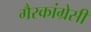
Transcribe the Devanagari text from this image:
गैरकांग्रेसी